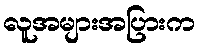
လူအများအပြားက